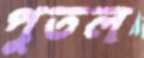
পুতল